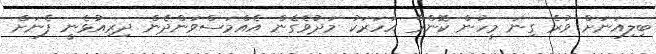
ބިލިއަނަށް ވުރެ ގިނަ މީހުން ކޮންމެ އަހަރަކު މަދުވެގެން އެއްމަސްވަންދެން ދިރިއުޅެނީ ފެނަށް